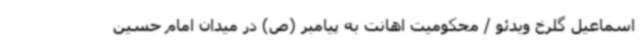
اسماعیل گلرخ ویدئو / محکومیت اهانت به پیامبر (ص) در میدان امام حسین